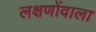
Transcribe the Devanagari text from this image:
लक्षणोंवाला